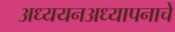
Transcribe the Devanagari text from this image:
अध्ययनअध्यापनाचे